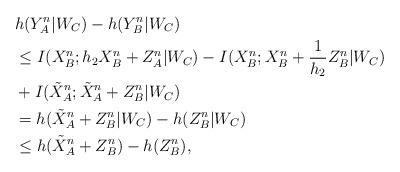
LaTeX: \begin{align*}&h(Y_A^n|W_C)-h(Y_B^n|W_C) \\&\leq I(X_B^n;h_2 X_B^n+Z_A^n|W_C) - I(X_B^n; X_B^n+\frac{1}{h_2}Z_B^n|W_C)\\& + I (\tilde{X}_A^{n}; \tilde{X}_A^{n} + Z_B^n|W_C) \\&= h (\tilde{X}_A^{n} + Z_B^n|W_C) - h(Z_B^n|W_C) \\&\leq h ( \tilde{X}_A^{n} + Z_B^n) - h(Z_B^n),\end{align*}